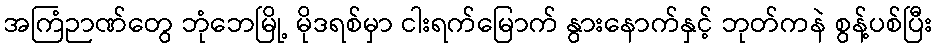
အကြံဉာဏ်တွေ ဘုံဘေမြို့ မိုဒရစ်မှာ ငါးရက်မြောက် နွားနောက်နှင့် ဘုတ်ကနဲ စွန့်ပစ်ပြီး